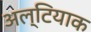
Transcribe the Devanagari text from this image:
अल्टियाक